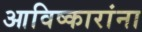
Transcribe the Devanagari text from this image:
आविष्कारांना